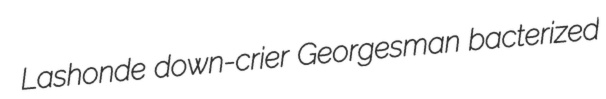
Lashonde down-crier Georgesman bacterized